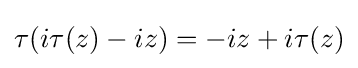
\tau (i\tau (z)-iz)=-iz+i\tau (z)